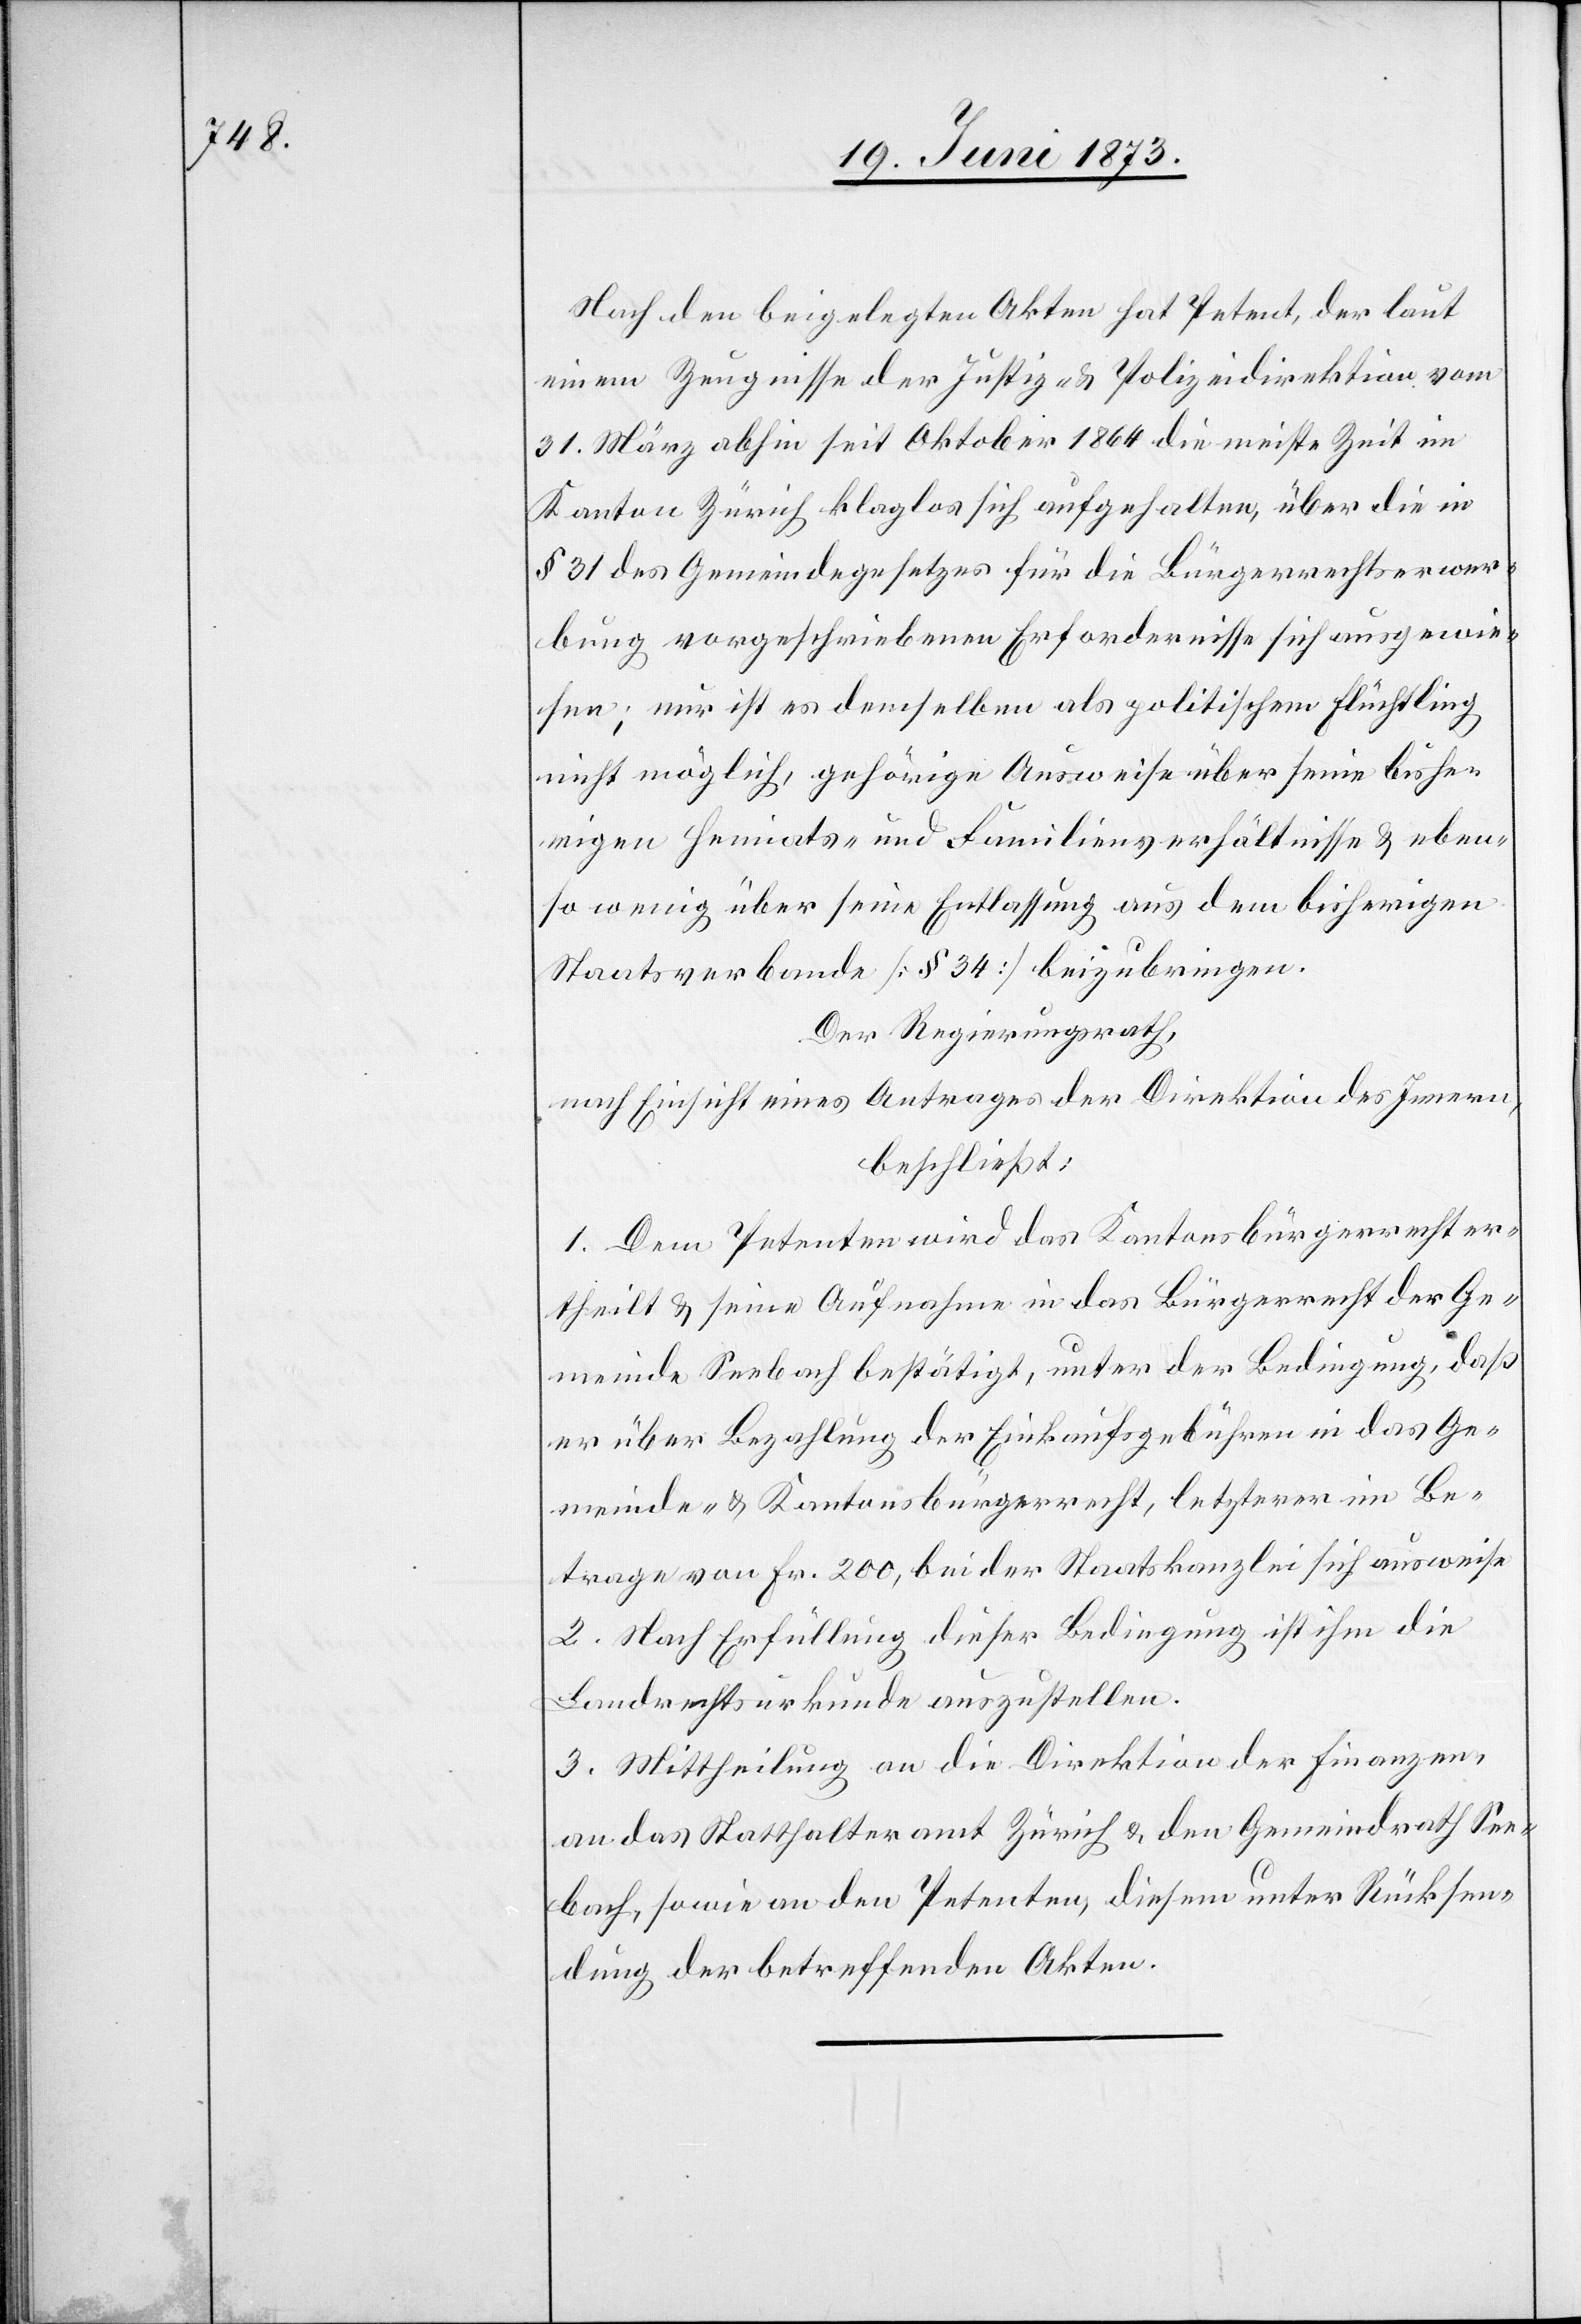
Nach den beigelegten Akten hat Petent, der laut
einem Zeugnisse der Justiz- & Polizeidirektion vom
31. März abhin seit Oktober 1864 die meiste Zeit im
Kanton Zürich klaglos sich aufgehalten, über die in
§ 31 des Gemeindegesetzes für die Bürgerrechtserwer¬
bung vorgeschriebenen Erfordernisse sich ausgewie¬
sen; nur ist es demselben als politischem Flüchtling
nicht möglich, gehörige Ausweise über seine bishe¬
rigen Heimats- und Familienverhältnisse & eben¬
so wenig über seine Entlassung aus dem bisherigen
Staatsverbande [§ 34] beizubringen.
Der Regierungsrath,
nach Einsicht eines Antrages der Direktion des Innern,
beschließt:
1. Dem Petenten wird das Kantonsbürgerrecht er¬
theilt & seine Aufnahme in das Bürgerrecht der Ge¬
meinde Seebach bestätigt, unter der Bedingung, daß
er über Bezahlung der Einkaufsgebühren in das Ge¬
meinde- & Kantonsbürgerrecht, letzterer im Be¬
trage von Fr. 200, bei der Staatskanzlei sich ausweise.
2. Nach Erfüllung dieser Bedingung ist ihm die
Landrechtsurkunde auszustellen.
3. Mittheilung an die Direktion der Finanzen,
an das Statthalteramt Zürich & den Gemeindrath See¬
bach, sowie an den Petenten, diesem unter Rücksen¬
dung der betreffenden Akten.